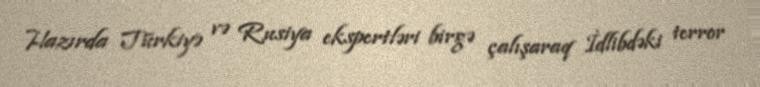
Hazırda Türkiyə və Rusiya ekspertləri birgə çalışaraq İdlibdəki terror